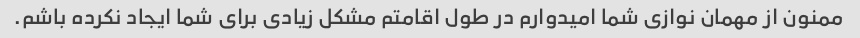
ممنون از مهمان نوازی شما امیدوارم در طول اقامتم مشکل زیادی برای شما ایجاد نکرده باشم.